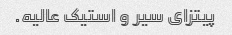
پیتزای سیر و استیک عالیه.